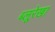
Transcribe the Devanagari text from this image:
ब्लूरेखा